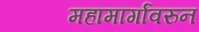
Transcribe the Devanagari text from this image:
महामार्गांवरुन